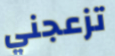
تزعجني